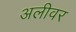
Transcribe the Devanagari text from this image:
अलीवर